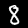
Label: 8